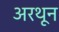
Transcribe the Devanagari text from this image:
अरथून